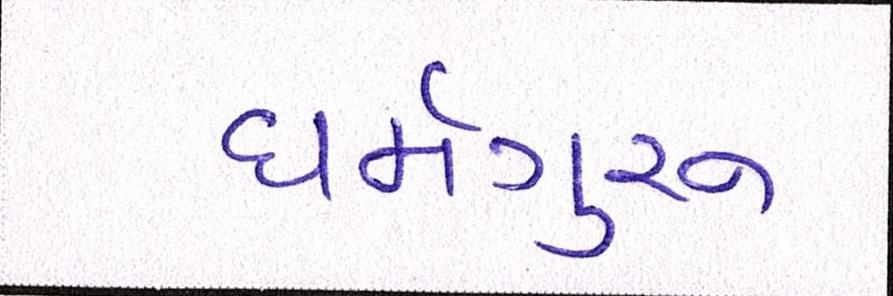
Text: ધર્મગુરૂ